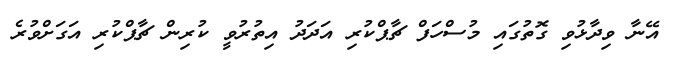
އޭނާ ވިދާޅުވި ގޮތުގައި މުސްހަފް ޗާޕްކުރި އަދަދު އިތުރުވީ ކުރިން ޗާޕްކުރި އަގަށްވުރެ